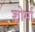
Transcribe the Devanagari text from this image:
शोर्मा